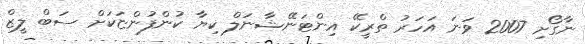
ނާގޯށި 2007 ވަނަ އަހަރު ތްރީކޭ އިންޓަނޭޝާނަލް ކިޔާ ކުންފުންޏަކަށް ސަބް ލީޒް